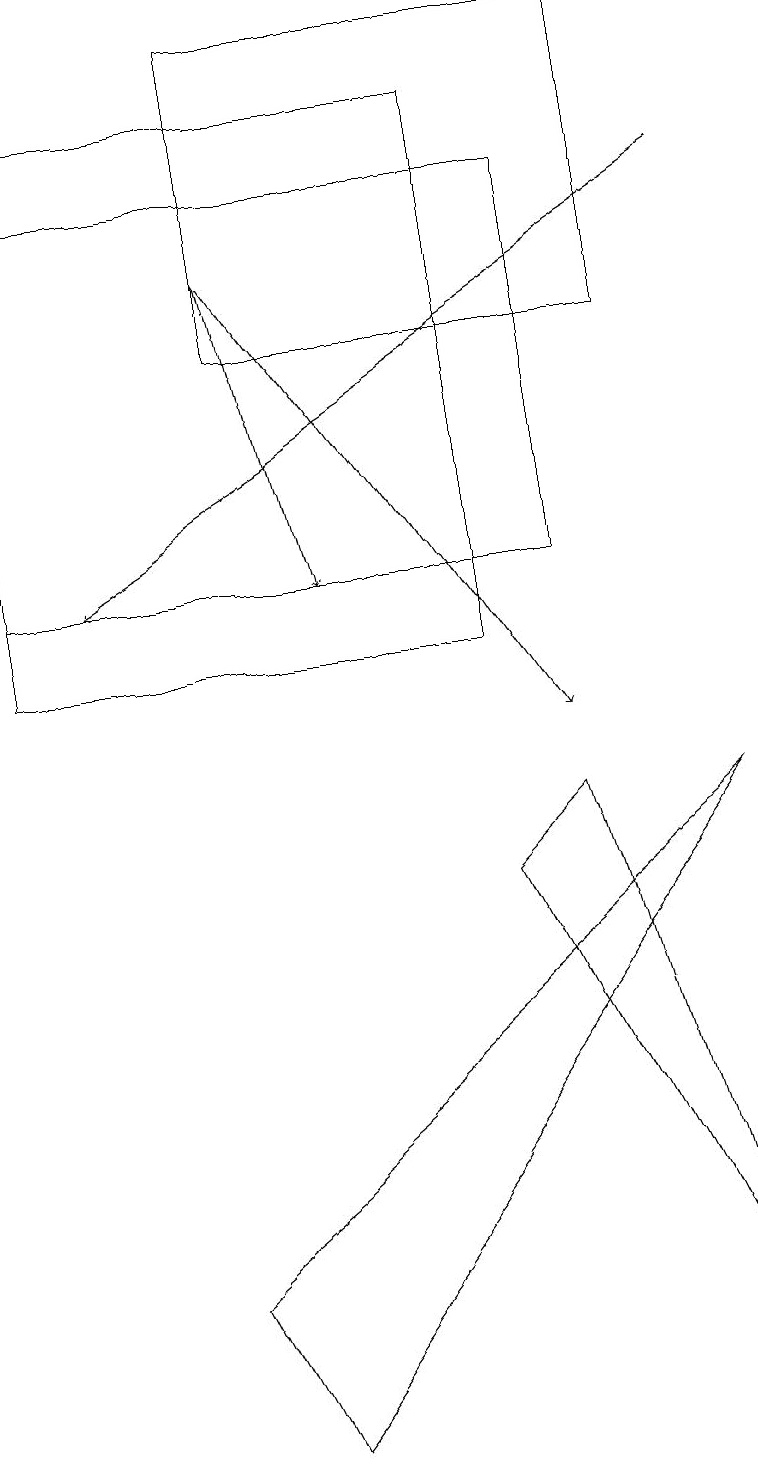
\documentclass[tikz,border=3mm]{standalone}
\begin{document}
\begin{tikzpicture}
\draw (0,11) rectangle (6,18);
\draw (3,15) rectangle (8,19);
\draw[->] (3,16) -- (4,12);
\draw (9,9) -- (3,1) -- (2,3) -- cycle;
\draw[->] (3,16) -- (7,10);
\draw (7,17) rectangle (0,12);
\draw (9,2) -- (7,9) -- (6,8) -- cycle;
\draw[->] (9,17) -- (1,12);
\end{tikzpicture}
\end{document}